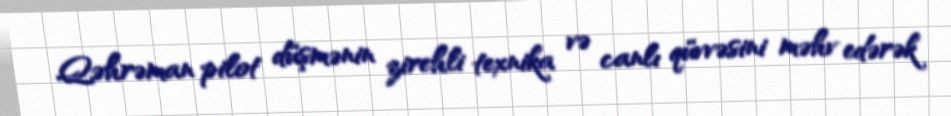
Qəhrəman pilot düşmənin zirehli texnika və canlı qüvvəsini məhv edərək